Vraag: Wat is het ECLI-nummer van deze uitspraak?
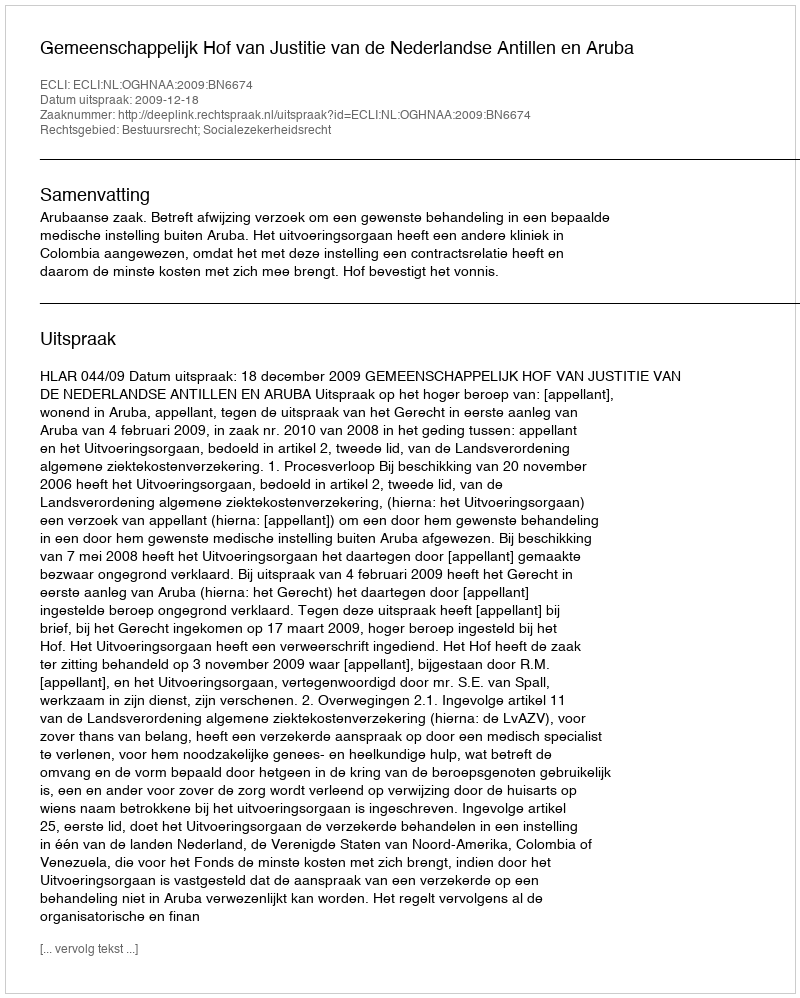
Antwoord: ECLI:NL:OGHNAA:2009:BN6674